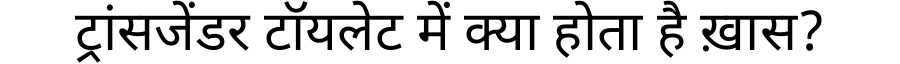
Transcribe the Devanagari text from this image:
ट्रांसजेंडर टॉयलेट में क्या होता है ख़ास?